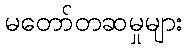
မတော်တဆမှုများ